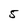
Character: 5